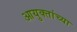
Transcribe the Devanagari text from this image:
आयुक्तांच्या